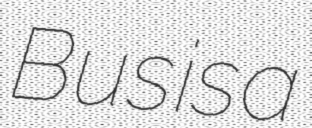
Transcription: Bus is a